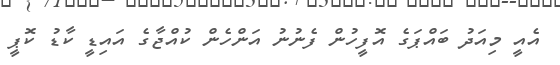
އެއީ މިއަދު ބައްޕަގެ އޮފީހުން ފެނުނު އަންހެން ކުއްޖާގެ އައިޑީ ކާޑު ކޮޕީ